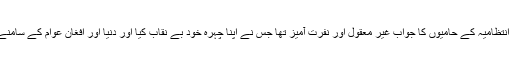
لیکن اس کے برعکس کابل انتظامیہ کے حامیوں کا جواب غیر معقول اور نفرت آمیز تھا جس نے اپنا چہرہ خود بے نقاب کیا اور دنیا اور افغان عوام کے سامنے اپنی اصلیت ظاہر کر دی ۔